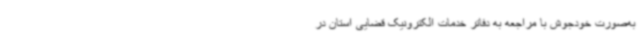
به‌صورت خودجوش با مراجعه به دفاتر خدمات الکترونیک قضایی استان در